Lock hospitals Punjab
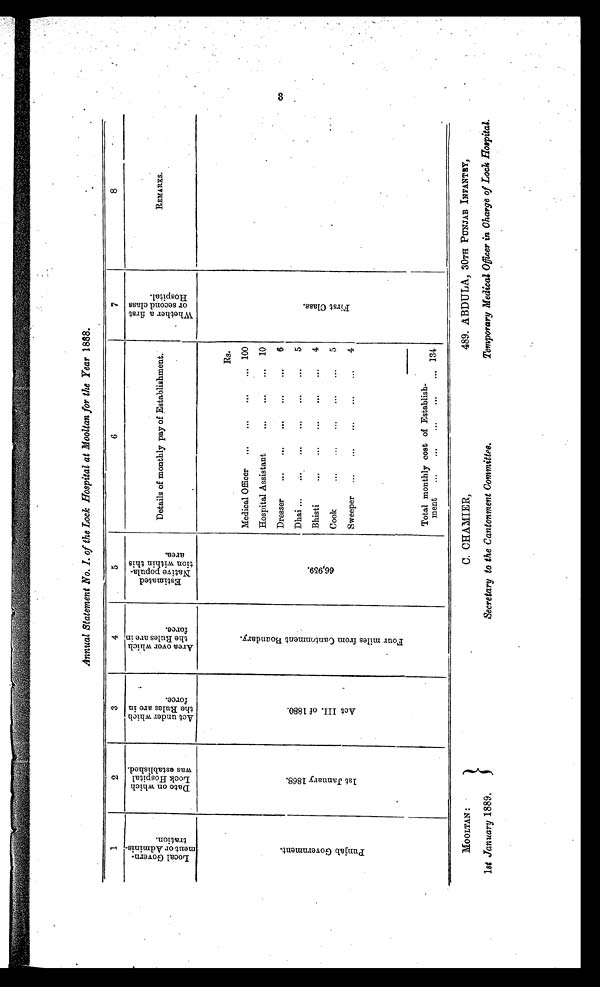
Annual Statement No. 1. of the Lock Hospital at Mooltan for the Year 1888.
1
2
3
4
5
6
7
8
L o c a l G o v e r n m e n t A d m i n i s t r a t i o n .
D a t e o n w h i c h L o c k H o s p i t a l w a s e s t a b l i s h e d .
A c t u n d e r w h i c h i n t h e R u l e s a r e i n f o r c e .
A r e a o v e r w h i c h t h e R u l e s a r e i n f r o c e .
E s t i m a t e d N a t i v e p o p u l a t i o n w i t h i n t h i s a r e a .
Details of monthly pay of Establishment.
W h e t h e r f i r s t o r s e c o n d c l a s s H o s p i t a l .
REMARKS.
P u n j a b G o v e r n m e n t .
1 s t J a n u a r y 1 8 6 8 .
A c t I I I . o f 1 8 8 0 .
F o u r m i l e s f r o m C a n t o n m e n t B o u n d a r y .
6 6 , 9 5 9 .
Rs.
F r i s t C l a s s .
Medical Officer
...
. . .
. . .
... 100
Hospital Assistant
...
...
...
10
Dresser
. . .
...
. . .
. . .
. . .
6
Dhai ...
. . .
. . .
. . .
. . .
. . .
5
Bhisti
. . .
. . .
. . .
. . .
...
4
Cook
. . .
...
. . .
...
...
5
Sweeper
...
. . .
. . .
. . .
. . .
4
Total monthly cost of Establish-
ment
...
...
...
...
. . .
134
3
MOOLTAN :
1st January 1889.
C.CHAMIER,
Secretary to the Cantonment Committee.
489. ABDULA, 3OTH PUNJAB INFANTRY,
Temporary Medical Officer in Charge of Lock Hospital.